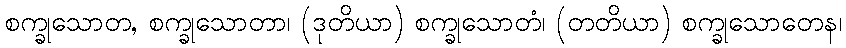
စက္ခုသောတ, စက္ခုသောတာ၊ (ဒုတိယာ) စက္ခုသောတံ၊ (တတိယာ) စက္ခုသောတေန၊